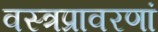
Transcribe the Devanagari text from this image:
वस्त्रप्रावरणां